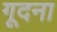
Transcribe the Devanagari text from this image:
गूदना